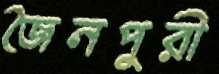
জৈনপুরী